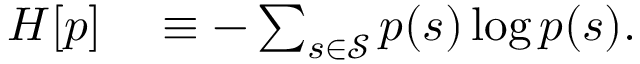
\begin{array} { r l } { H [ p ] } & { { } \equiv - \sum _ { s \in \mathcal S } p ( s ) \log p ( s ) . } \end{array}